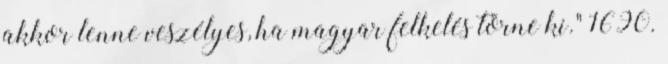
akkor lenne veszélyes, ha magyar felkelés törne ki." 1690.